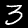
Digit: 3